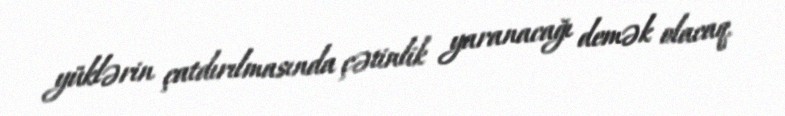
yüklərin çatdırılmasında çətinlik yaranacağı demək olacaq.